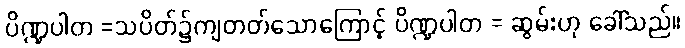
ပိဏ္ဍပါတ =သပိတ်၌ကျတတ်သောကြောင့် ပိဏ္ဍပါတ = ဆွမ်းဟု ခေါ်သည်။